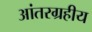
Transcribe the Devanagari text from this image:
आंतरग्रहीय